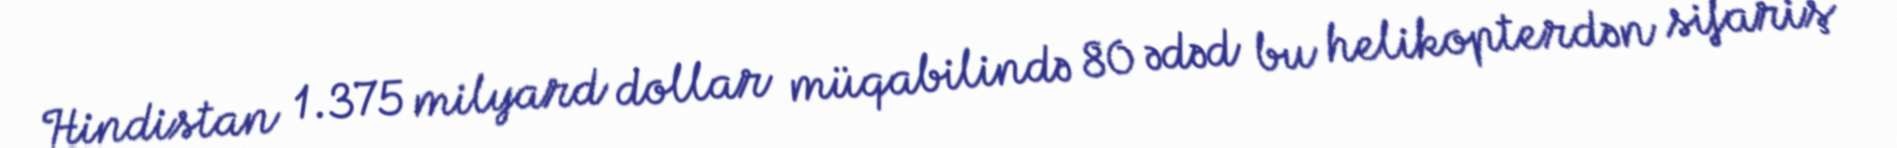
Hindistan 1.375 milyard dollar müqabilində 80 ədəd bu helikopterdən sifariş